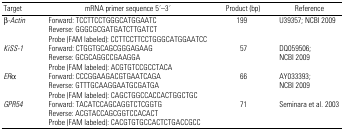
<table><thead><tr><td><b>Target</b></td><td><b>mRNA primer sequence 5′–3′</b></td><td><b>Product (bp)</b></td><td><b>Reference</b></td></tr></thead><tbody><tr><td>β<i>-Actin</i></td><td>Forward: TCCTTCCTGGGCATGGAATC</td><td>199</td><td>U39357; NCBI 2009</td></tr><tr><td>[EMPTY_CELL]</td><td>Reverse: GGGCGCGATGATCTTGATCT</td><td>[EMPTY_CELL]</td><td>[EMPTY_CELL]</td></tr><tr><td>[EMPTY_CELL]</td><td>Probe (FAM labeled): CCTTCCTTCCTGGGCATGGAATCC</td><td>[EMPTY_CELL]</td><td>[EMPTY_CELL]</td></tr><tr><td><i>KiSS-1</i></td><td>Forward: CTGGTGCAGCGGGAGAAG</td><td>57</td><td>DQ059506;</td></tr><tr><td>[EMPTY_CELL]</td><td>Reverse: GCGCAGGCCGAAGGA</td><td>[EMPTY_CELL]</td><td>NCBI 2009</td></tr><tr><td>[EMPTY_CELL]</td><td>Probe (FAM labeled): ACGTGTCCGCCTACA</td><td>[EMPTY_CELL]</td><td>[EMPTY_CELL]</td></tr><tr><td><i>ER</i>α</td><td>Forward: CCCGGAAGACGTGAATCAGA</td><td>66</td><td>AY033393;</td></tr><tr><td>[EMPTY_CELL]</td><td>Reverse: GTTTGCAAGGAATGCGATGA</td><td>[EMPTY_CELL]</td><td>NCBI 2009</td></tr><tr><td>[EMPTY_CELL]</td><td>Probe (FAM labeled): CAGCTGGCCACCACTGGCTGC</td><td>[EMPTY_CELL]</td><td>[EMPTY_CELL]</td></tr><tr><td><i>GPR54</i></td><td>Forward: TACATCCAGCAGGTCTCGGTG</td><td>71</td><td>Seminara et al. 2003</td></tr><tr><td>[EMPTY_CELL]</td><td>Reverse: ACGTACCAGCGGTCCACACT</td><td>[EMPTY_CELL]</td><td>[EMPTY_CELL]</td></tr><tr><td>[EMPTY_CELL]</td><td>Probe (FAM labeled): CACGTGTGCCACTCTGACCGCC</td><td>[EMPTY_CELL]</td><td>[EMPTY_CELL]</td></tr></tbody></table>